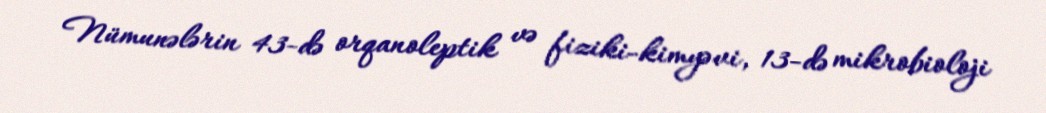
Nümunələrin 43-də orqanoleptik və fiziki-kimyəvi, 13-də mikrobioloji